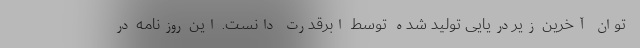
توان آخرین زیردریایی تولید شده توسط ابرقدرت دانست. این روزنامه در